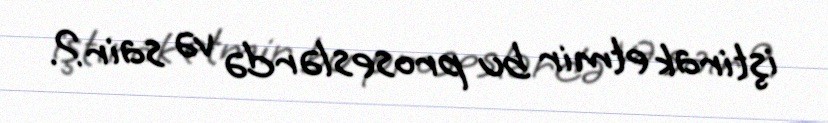
iştirak etmir bu proseslərdə və sair?.